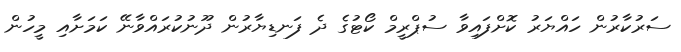
ސަރުކާރުން ހައްޔަރު ކޮށްފައިވާ ސުޕްރީމް ކޯޓުގެ ދެ ފަނޑިޔާރުން ދޫނުކުރައްވާނޭ ކަމަށާއި މީހުން